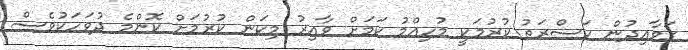
ގަވާއިދުން ކަސްރަތު ކުރުމަކީ މުހިއްމު ކަމަށް ވާއިރު މިކަން ކުރުމަށް ކޮންމެ ދުވަހަކުވެސް